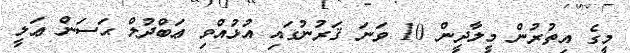
މީގެ އިތުރުން މީލާދީން 10 ވަނަ ޤަރުނުގައި އުޅުއްވި ޢަބްދުލް ޙަސަން ޢަލީ